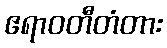
ဧရာဝတီတံတား